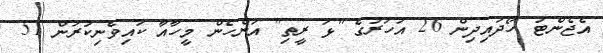
އެޖެންޓު ހޯދައިދިން 26 އަހަރުގެ "ޅަ ރީތި" އަންހެން މީހާއާ ކައިވެނިކުރަން 51